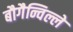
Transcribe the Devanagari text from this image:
बौगैन्विल्ले